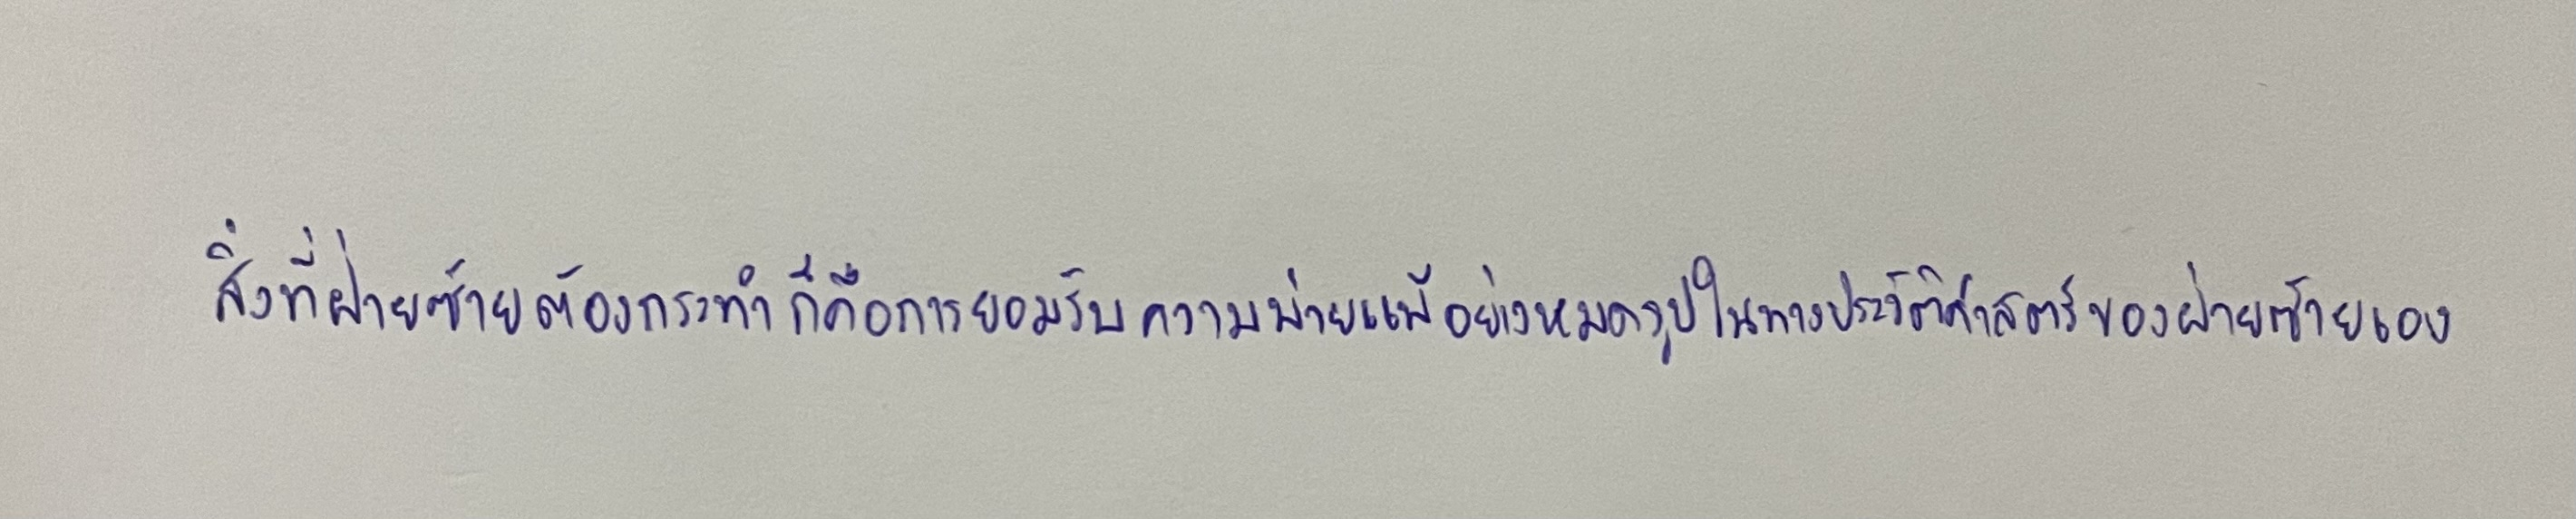
สิ่งที่ฝ่ายซ้ายต้องกระทำก็คือการยอมรับความพ่ายแพ้อย่างหมดรูปในทางประวัติศาสตร์ของฝ่ายซ้ายเอง